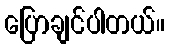
ပြောချင်ပါတယ်။